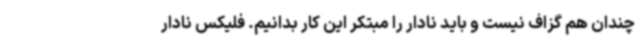
چندان هم گزاف نیست و باید نادار را مبتکر این کار بدانیم. فلیکس نادار